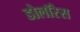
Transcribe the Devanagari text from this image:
डोलॉरेस